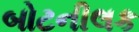
બોટનીલક